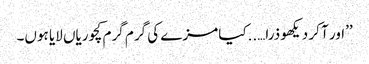
’’اور آ کر دیکھو ذرا…..کیا مزے کی گرم گرم کچوریاں لایا ہوں۔